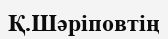
Қ.Шәріповтің